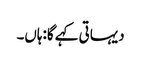
دیہاتی کہے گا:ہاں۔